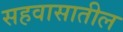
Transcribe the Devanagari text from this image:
सहवासातील